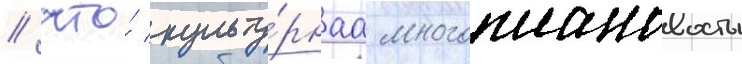
/ что́ культу́рнаа многоплановость